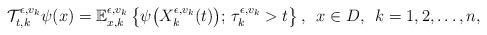
LaTeX: \begin{align*}\mathcal{T}_{t,k}^{\epsilon, v_k} \psi(x) = \mathbb{E}_{x, k}^{\epsilon, v_k} \left \{\psi\bigl(X_{k}^{\epsilon,v_k}(t) \bigr);\, \tau_{k}^{\epsilon, v_k} > t \right\}, \,\,\, x \in D, \,\,\, k = 1, 2, \ldots, n, \end{align*}